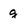
Character: g